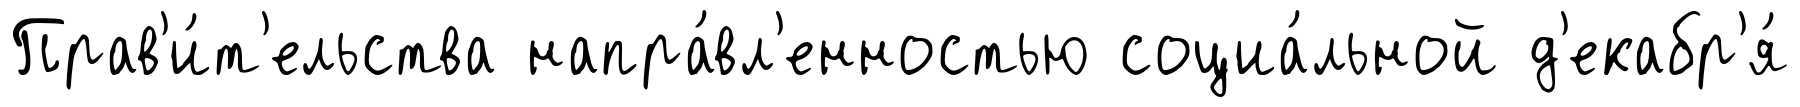
Прав'и́т'ельства напра́вл'енностью социа́льной д'екабр'я́